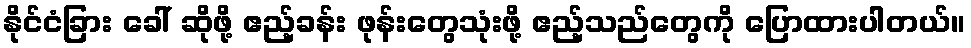
နိုင်ငံခြား ခေါ် ဆိုဖို့ ဧည့်ခန်း ဖုန်းတွေသုံးဖို့ ဧည့်သည်တွေကို ပြောထားပါတယ်။